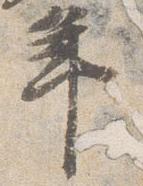
年